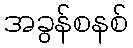
အခွန်စနစ်